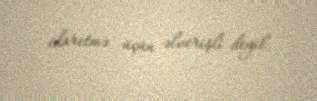
idaretmə üçün əlverişli deyil.